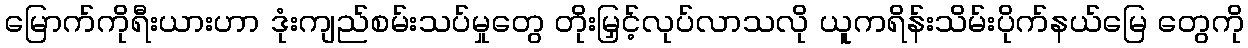
မြောက်ကိုရီးယားဟာ ဒုံးကျည်စမ်းသပ်မှုတွေ တိုးမြှင့်လုပ်လာသလို ယူကရိန်းသိမ်းပိုက်နယ်မြေ တွေကို